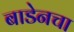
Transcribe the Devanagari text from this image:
बाडेनचा